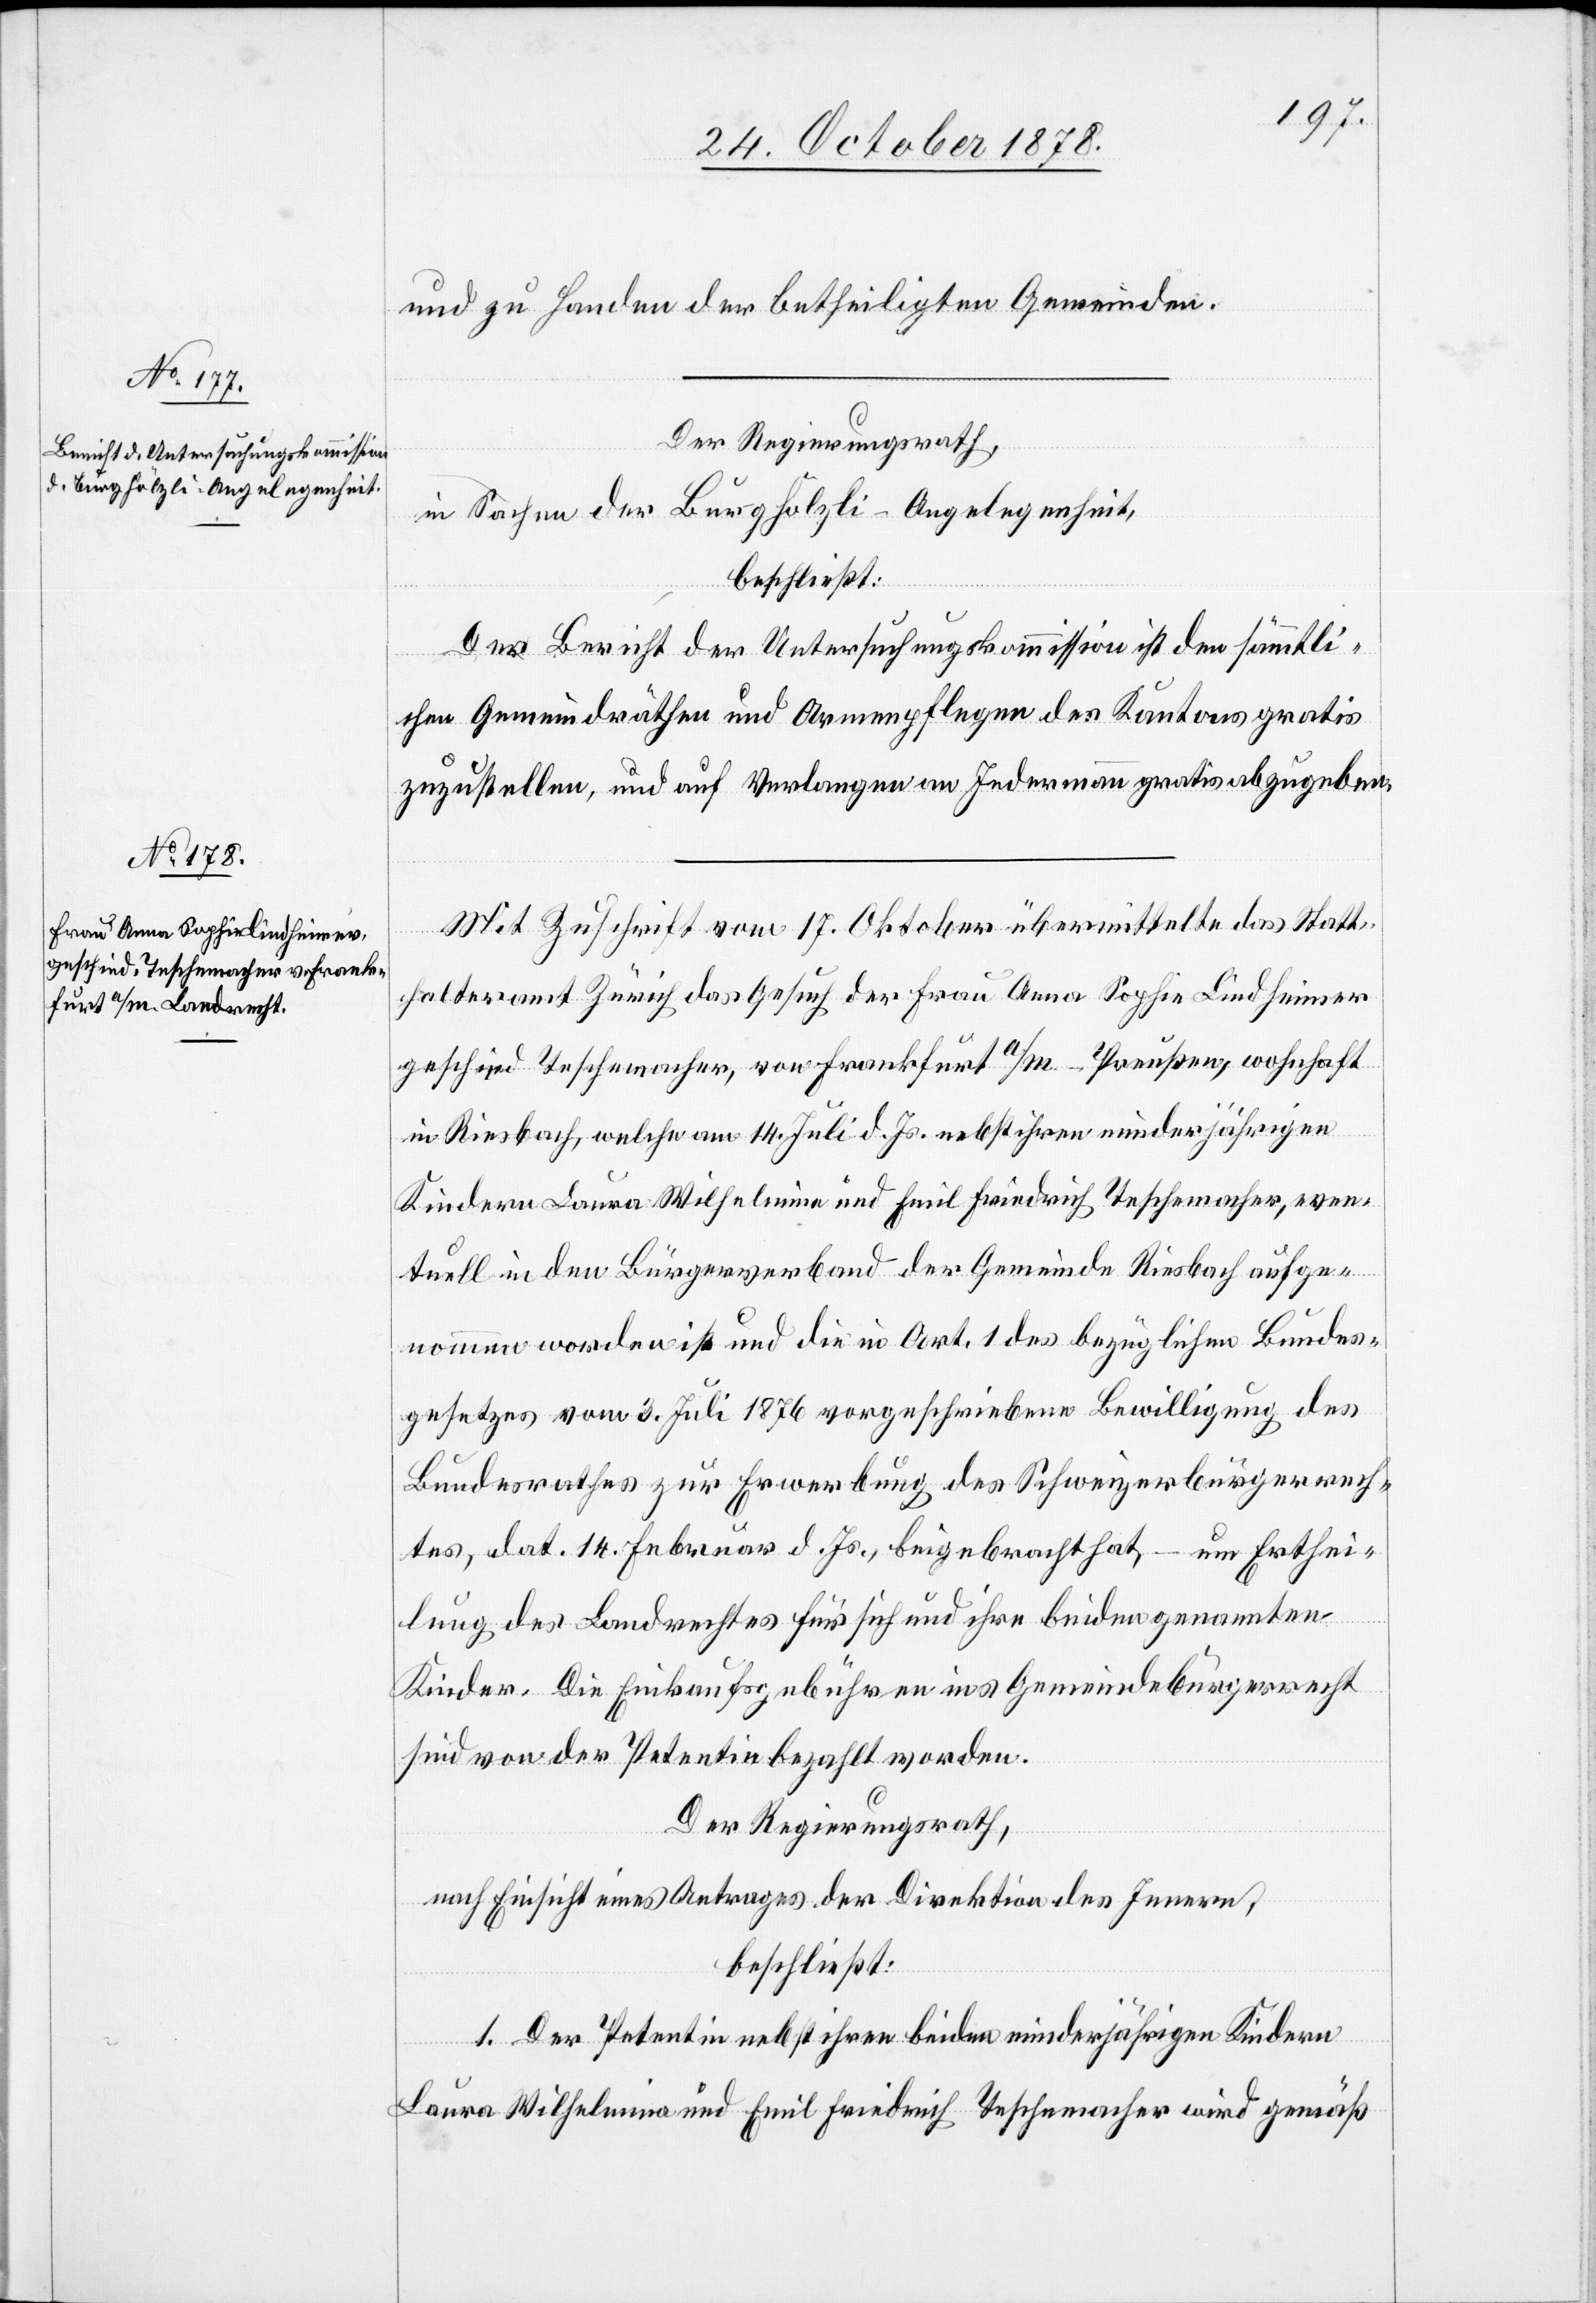
und zu Handen der betheiligten Gemeinden.
Der Regierungsrath,
in Sachen der Burghölzli-Angelegenheit,
beschließt:
Der Bericht der Untersuchungskommission ist den sämmtli¬
chen Gemeindräthen und Armenpflegen des Kantons gratis
zuzustellen, und auf Verlangen an Jedermann gratis abzugeben.
Mit Zuschrift vom 17. Oktober übermittelte das Statt¬
halteramt Zürich das Gesuch der Frau Anna Sophie Lindheimer
geschied. Teschemacher, von Frankfurt a/M. - Preußen, wohnhaft
in Riesbach, welche am 14. Juli d. Js. nebst ihren minderjährigen
Kindern Laura Wilhelmina und Emil Friedrich Teschemacher, even¬
tuell in den Bürgerverband der Gemeinde Riesbach aufge¬
nommen worden ist und die in Art. 1 des bezüglichen Bundes¬
gesetzes vom 3. Juli 1876 vorgeschriebene Bewilligung des
Bundesrathes zur Erwerbung des Schweizerbürgerrech¬
tes, dat. 14. Februar d. Js., beigebracht hat,
um Erthei¬
lung des Landrechtes für sich und ihre beiden genannten
Kinder. Die Einkaufsgebühren ins Gemeindebürgerrecht
sind von der Petentin bezahlt worden.
Der Regierungsrath,
nach Einsicht eines Antrages der Direktion des Innern,
beschließt:
1. Der Petentin nebst ihren beiden minderjährigen Kindern
Laura Wilhelmina und Emil Friedrich Teschemacher wird gemäß